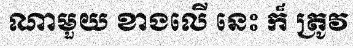
ណាមួយ ខាងលើ នេះ ក៏ ត្រូវ